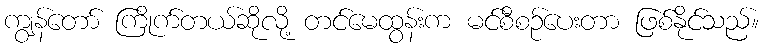
ကျွန်တော် ကြိုက်တယ်ဆိုလို့ တင်မေထွန်းက မင်စီစဉ်ပေးတာ ဖြစ်နိုင်သည်။